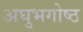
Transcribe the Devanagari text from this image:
अघुभगोष्ठ